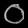
Digit: ၀